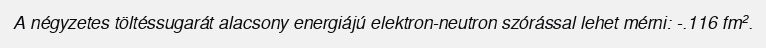
A négyzetes töltéssugarát alacsony energiájú elektron-neutron szórással lehet mérni: -.116 fm².